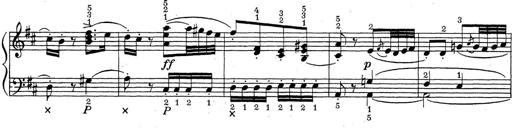
Title: ÄŒeskÃ© Sonatiny
Composer: Various